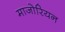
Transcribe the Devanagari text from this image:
माजोरियन